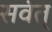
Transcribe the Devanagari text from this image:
सवंत्‌